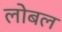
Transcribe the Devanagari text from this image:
लोबल